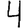
Digit: 4